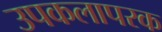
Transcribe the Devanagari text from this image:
उपकलापरक